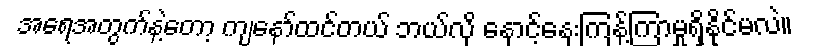
အရေအတွက်နဲ့တော့ ကျနော်ထင်တယ် ဘယ်လို နှောင့်နှေးကြန့်ကြာမှုရှိနိုင်မလဲ။